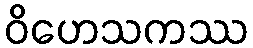
ဝိဟေသကဿ